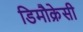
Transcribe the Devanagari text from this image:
डिमौक्रेसी